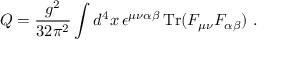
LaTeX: Q = \frac { g ^ { 2 } } { 3 2 \pi ^ { 2 } } \int d ^ { 4 } x \, \epsilon ^ { \mu \nu \alpha \beta } \, \mathrm { T r } ( F _ { \mu \nu } F _ { \alpha \beta } ) \ .